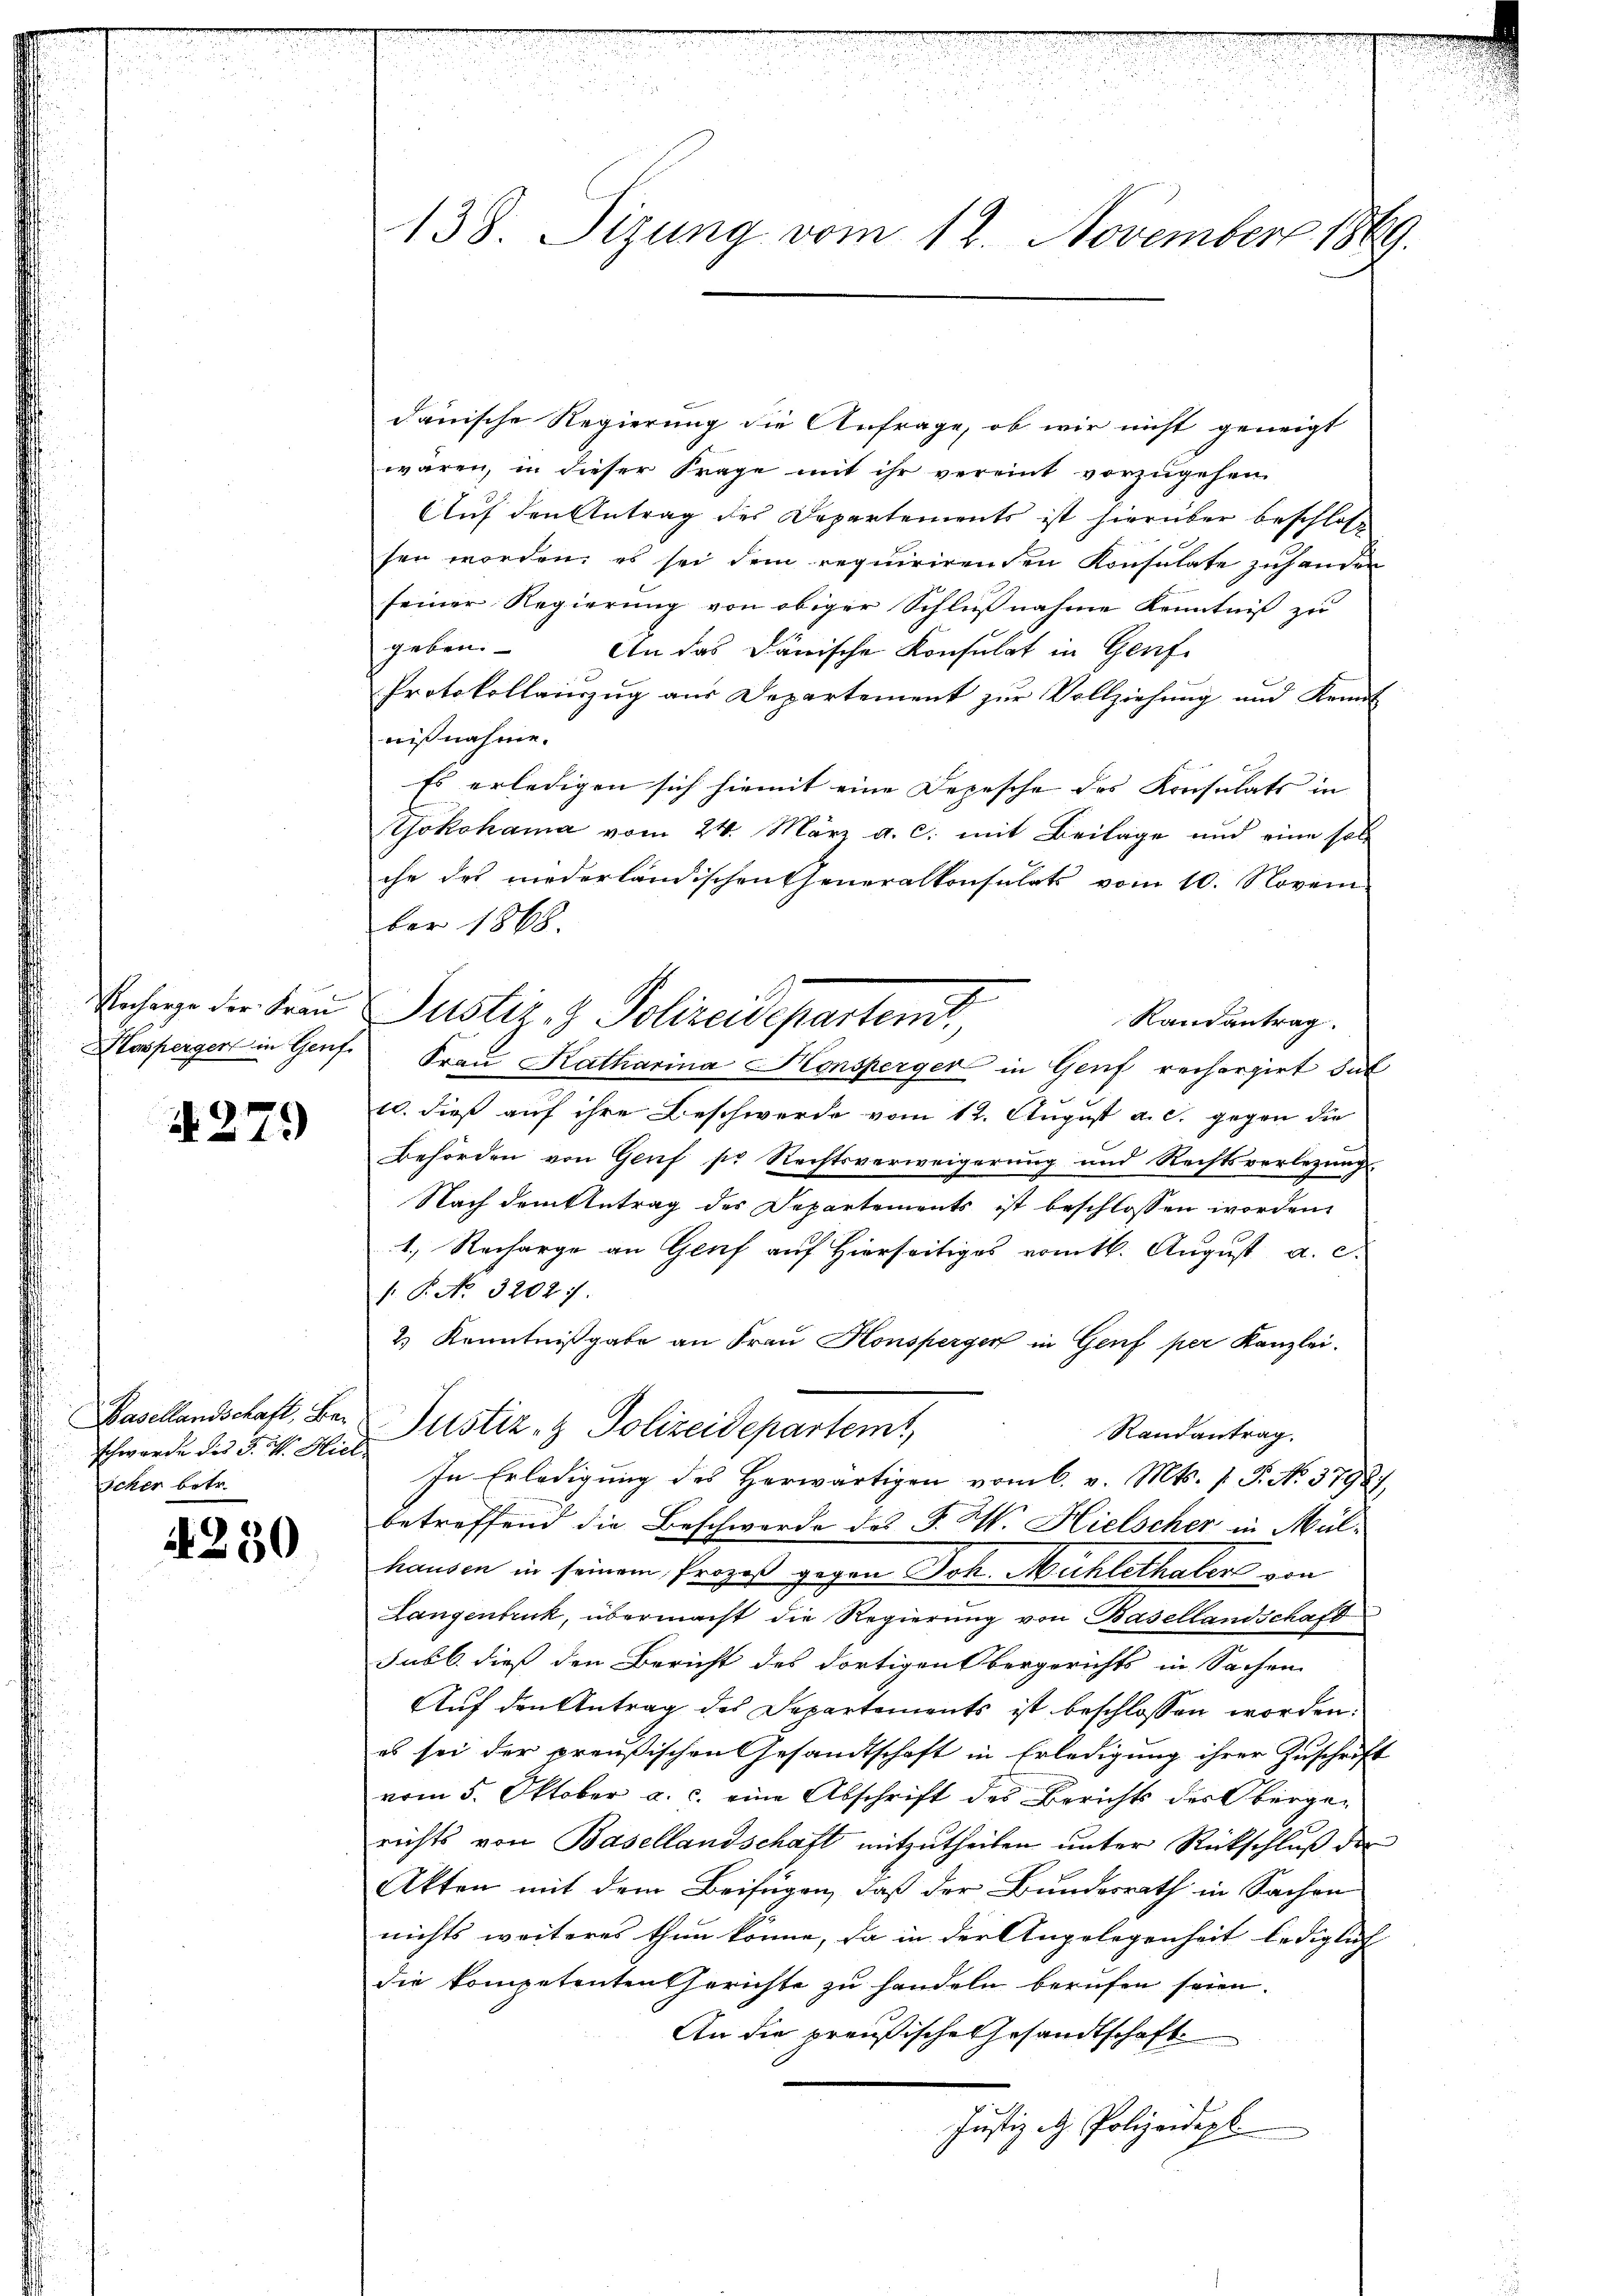
Uncharge der Frau.
Hosperger in Genf

A 279

Basellandschaft, Beschwerde des J. W. Hiel
Scher betr.

4250

138. Sizung vom 12. November 1869.

dauische Regierung die Anfrage, ob wir nicht geneigt
waren, in dieser Frage mit ihr vereint vorzugehen
Auf den Antrag des Departements ist hierüber beschlos
sen worden, es sei dem requirirenden Konsulate zuhanden
seiner Regierung von obiger Schlußnahme Kenntniß zu
geben.
An das Dänische Konsulat in Genf
Protokolleinzug aus Departement zur Vollziehung und Kennt
nißnahme.
Es erledigen sich hiemit eine Depesche des Konsulats in
Yokohama vom 24. März a. c. mit Beilage und eine soll
che des niederländischen Generalkonsulats vom 10. Novem
ber 1868.
Justiz- & Polizeit partent
Randantrag.
Fraŭ Katharina Konsperger in Genf rechargirt dul
10. dieß auf ihre Beschwerde vom 12. August a. c. gegen die
Behörden von Genf sr Rechtsverweigerung und Rechtsverlegung.
Nach dem Antrag des Departements ist beschlossen worden,
1. Recharge an Genf auf Hierseitiges vom 16. August a. c.
.P. No. 32021.
2) Kenntnißgabe an Frau Konsperger in Genf per Kanzlei.
Justiz- & Polizeidepartem
Randantrag.
In Erledigung des Herwärtigen vom 6. v. Mts. (T. No. 57927),
betreffend die Beschwerde des P. M. Hielscher in Mülhausen in seinem Prozeß gegen Joh. Michlethalers von
Langenbruck, übermacht die Regierung von Basellandschaft
subl. dieß den Bericht des dortigen Obergerichts in Sachen
Auf den Antrag des Departements ist beschlossen worden.
es sei der preußischen Gesandtschaft in Erledigung ihrer Zuschrift
vom 5. Oktober a. c. eine Abschrift des Berichts des Obergerichts von Basellandschaft mitzutheilen unter Rückschluß der
Akten mit dem Beifügen, daß der Bundesrath in Sachen
nichts weiteres thun könne, da in der Angelegenheit lediglich |
die kompetenten Gerichte zu handeln berufen seien.
An die preußische Gesandtschaft
Justiz d. Polizeidepl